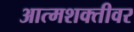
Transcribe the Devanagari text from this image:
आत्मशक्तीवर